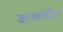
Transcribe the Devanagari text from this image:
कामांवरील